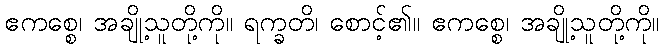
ဧကစ္စေ၊ အချို့သူတို့ကို။ ရက္ခတိ၊ စောင့်၏။ ဧကစ္စေ၊ အချို့သူတို့ကို။